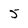
Character: 5